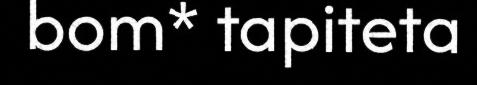
bom* tapiteta